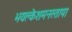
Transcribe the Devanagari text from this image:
भयक्लेशमनस्तापा